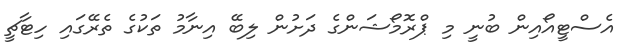
އެސްޓީއޯއިން ބުނީ މި ޕްރޮމޯޝަންގެ ދަށުން ލިބޭ އިނާމު ތަކުގެ ތެރޭގައި ހިޓާޗީ